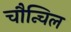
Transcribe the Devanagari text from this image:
चौन्चिल